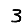
Digit: 3